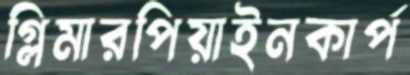
গ্লিমারপিয়াইনকার্প